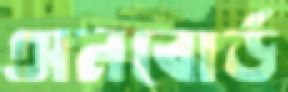
অনবোর্ড